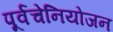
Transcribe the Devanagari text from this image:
पूर्वचेनियोजन